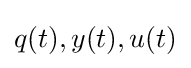
q(t),y(t),u(t)